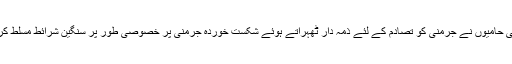
یورپی حامیوں نے جرمنی کو تصادم کے لئے ذمہ دار ٹھہراتے ہوئے شکست خوردہ جرمنی پر خصوصی طور پر سنگین شرائط مسلط کردیں۔